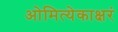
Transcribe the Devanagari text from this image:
ओमित्येकाक्षरं